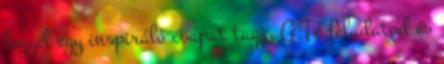
legyél egy inspiráló csapat tagja A Te feladatod és